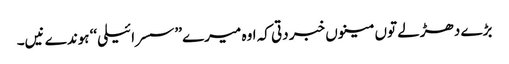
بڑے دھڑلے توں مینوں خبر دتی کہ اوہ میرے ’’سسرائیلی‘‘ ہوندے نیں۔